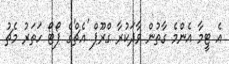
އެ ޓީމާ އެންމެ ގާތުން ވާދަކުރާ ގްރޫޕް 'އެޗް'ގެ ޕޯޓޯ ހަތަރު މެޗު